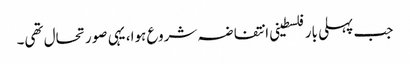
جب پہلی بار فلسطینی انتفاضہ شروع ہوا، یہی صورتحال تھی۔